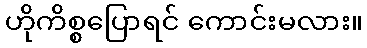
ဟိုကိစ္စပြောရင် ကောင်းမလား။